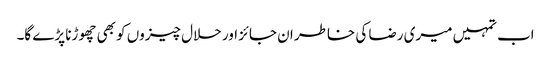
اب تمہیں میری رضا کی خاطر ان جائز اور حلال چیزوں کو بھی چھوڑنا پڑے گا۔